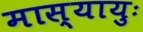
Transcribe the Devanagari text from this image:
मास्यायुः